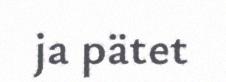
ja pätet